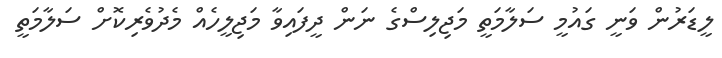
ލީޑަރުން ވަނީ ގައުމީ ސަލާމަތީ މަޖިލިސްގެ ނަން ދީފައިވާ މަޖިލީހެއް މެދުވެރިކޮށް ސަލާމަތީ